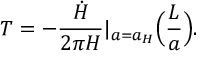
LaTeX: T = - { \frac { \dot { H } } { 2 \pi H } } | _ { a = a _ { H } } \Big ( { \frac { L } { a } } \Big ) .